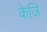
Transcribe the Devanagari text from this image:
केजि